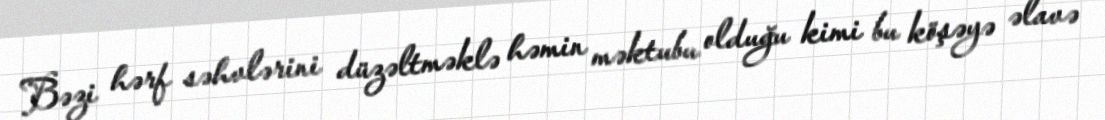
Bəzi hərf səhvlərini düzəltməklə həmin məktubu olduğu kimi bu köşəyə əlavə